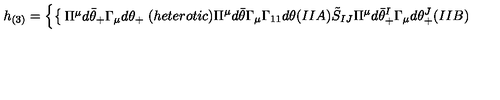
h _ { ( 3 ) } = \left\{ \begin{cases} { \Pi ^ { \mu } d \bar { \theta } _ { + } \Gamma _ { \mu } d \theta _ { + } } & { ( h e t e r o t i c ) } \\ { \Pi ^ { \mu } d \bar { \theta } \Gamma _ { \mu } \Gamma _ { 1 1 } d \theta } & { ( I I A ) } \\ { \tilde { S } _ { I J } \Pi ^ { \mu } d \bar { \theta } _ { + } ^ { I } \Gamma _ { \mu } d \theta _ { + } ^ { J } } & { ( I I B ) } \\ \end{cases} \right.